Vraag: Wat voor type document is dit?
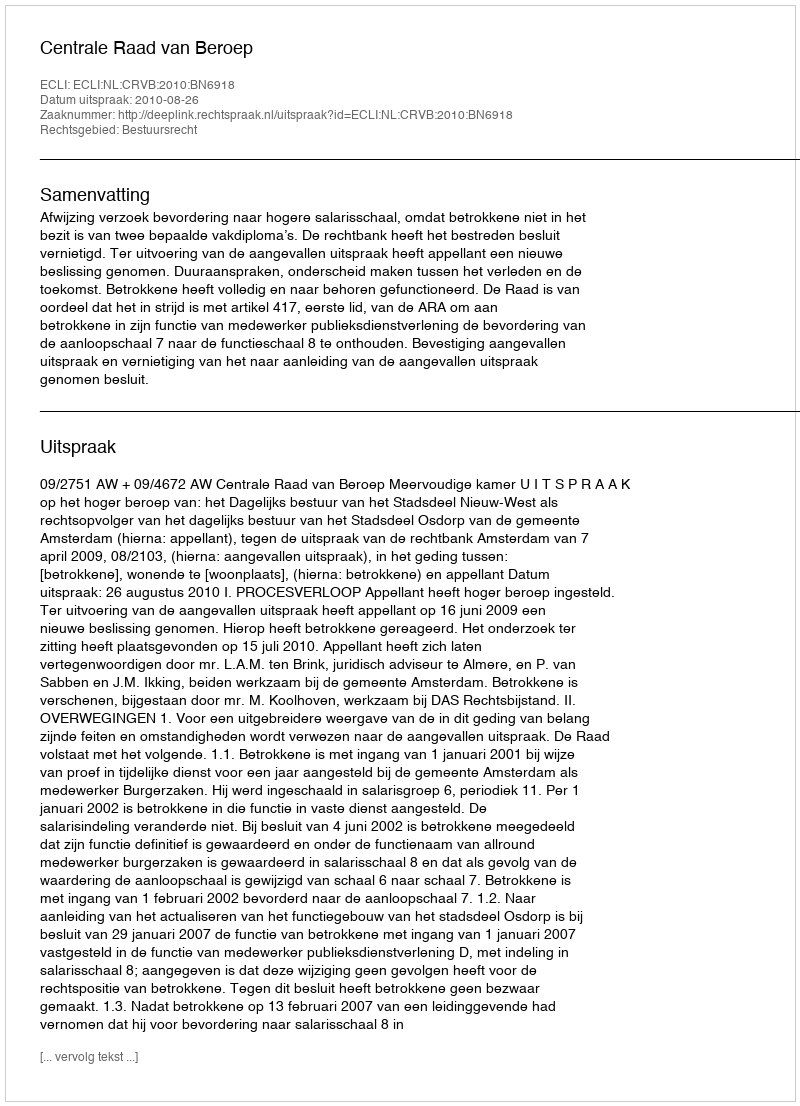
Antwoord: Uitspraak